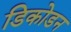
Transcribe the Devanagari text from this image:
डिकोडन